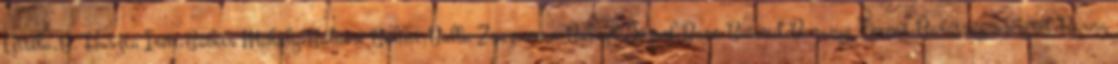
Attila,B. Huszta Irén,Babits Mihály,Balassi Bálint,Balla Zsuzsanna,Balogh József,Bara Botond,Baranyi Ferenc,Barátság-szeretet,Barna